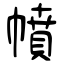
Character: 幩